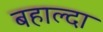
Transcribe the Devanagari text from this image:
बहाल्दा